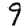
Digit: 9